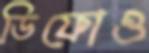
ডিফোও